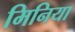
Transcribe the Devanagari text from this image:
मिनिया